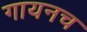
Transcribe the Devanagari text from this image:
गायनच